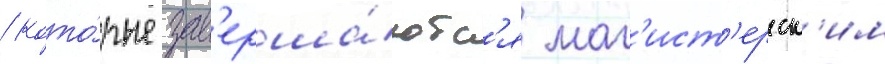
/ кото́рые зав'ерша́ютс'я маг'ист'ерск'им